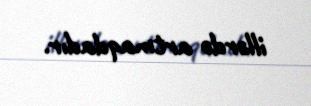
illərdə artmaqdadır.